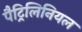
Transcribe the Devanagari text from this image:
पैट्रिलिनियल